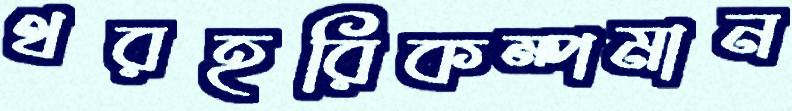
থরহরিকম্পমান